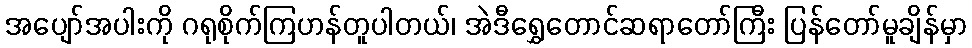
အပျော်အပါးကို ဂရုစိုက်ကြဟန်တူပါတယ်၊ အဲဒီရွှေတောင်ဆရာတော်ကြီး ပြန်တော်မူချိန်မှာ